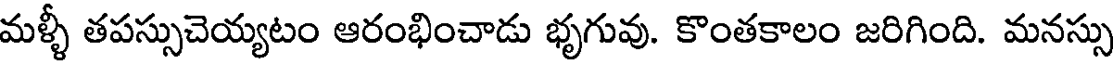
మళ్ళీ తపస్సుచెయ్యటం ఆరంభించాడు భృగువు. కొంతకాలం జరిగింది. మనస్సు